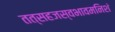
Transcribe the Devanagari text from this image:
तत्सहजस्वभावमनिशं